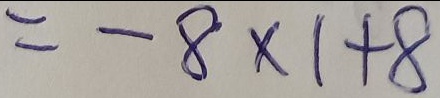
= - 8 \times 1 + 8